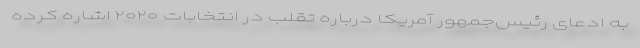
به ادعای رئیس‌جمهور آمریکا درباره تقلب در انتخابات ۲۰۲۰‌ اشاره کرده